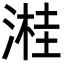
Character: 溎